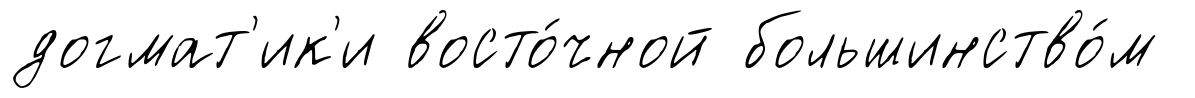
догмат'ик'и восто́чной большинство́м